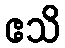
ဧသိ